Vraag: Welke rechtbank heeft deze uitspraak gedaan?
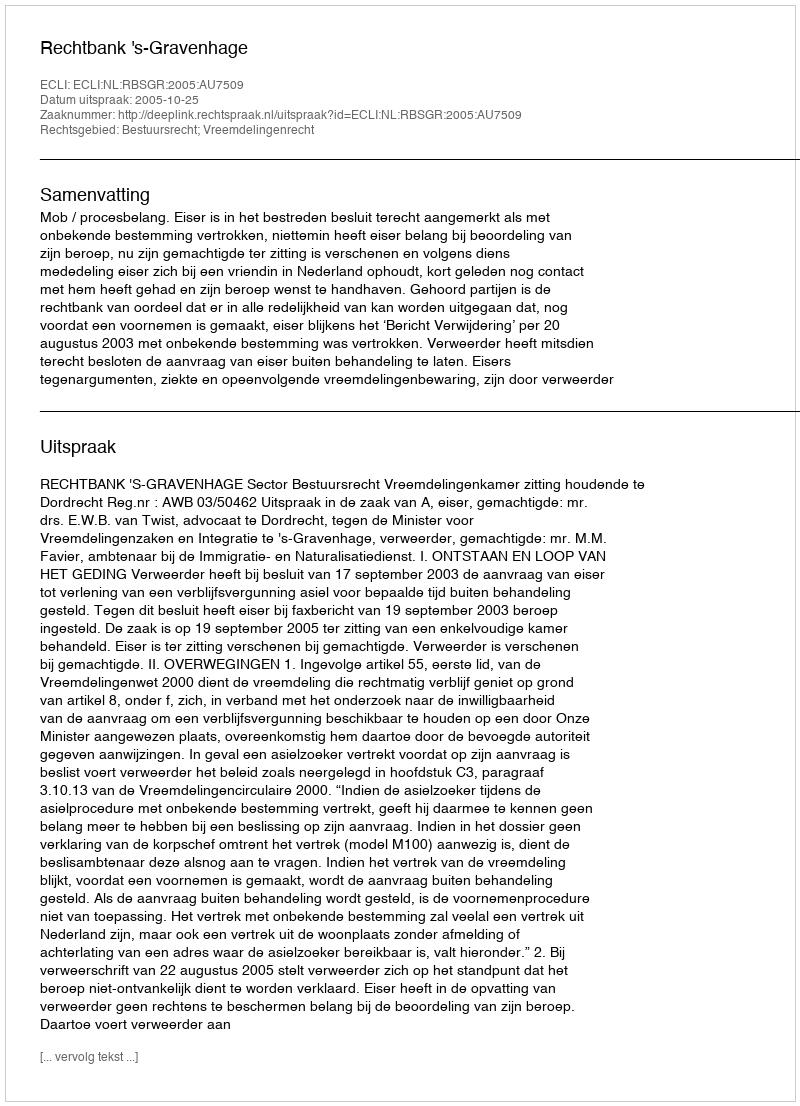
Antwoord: Rechtbank 's-Gravenhage